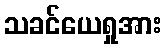
သခင်ယေရှုအား